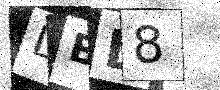
Text: DBL8